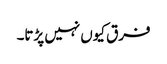
فرق کیوں نہیں پڑتا۔